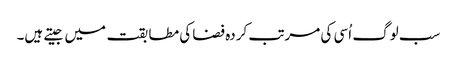
سب لوگ اُسی کی مرتب کردہ فضا کی مطابقت میں جیتے ہیں۔